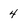
Character: 4